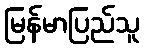
မြန်မာပြည်သူ